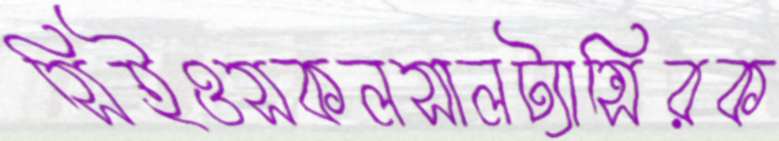
সিইওসকলসালট্যান্সিরক